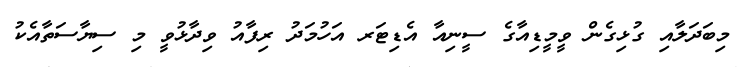
މިބަދަލާއި ގުޅިގެން ވީމީޑިއާގެ ސީނިއާ އެޑިޓަރ އަހުމަދު ރިފާއު ވިދާޅުވީ މި ސިޔާސަތާއެކު